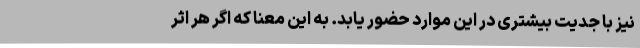
نیز با جدیت بیشتری در این موارد حضور یابد. به این معنا که اگر هر اثر